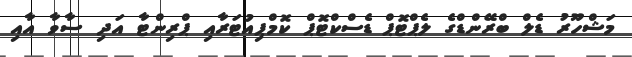
މަޝްހޫރު ޑެލް ބްރޭންޑްގެ ލެޕްޓޮޕް ޑެސްކްޓޮޕް ކޮމްޕިއުޓަރާއި ޕްރިންޓާ އަދި ސާވާ އާއި